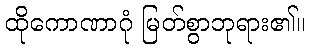
ထိုကောဏာဂုံ မြတ်စွာဘုရား၏။